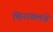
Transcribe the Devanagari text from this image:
चिनावलचे